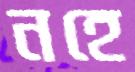
নহে